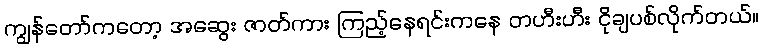
ကျွန်တော်ကတော့ အဆွေး ဇာတ်ကား ကြည့်နေရင်းကနေ တဟီးဟီး ငိုချပစ်လိုက်တယ်။